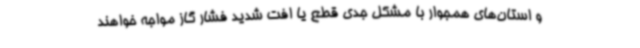
و استان‌های همجوار با مشکل جدی قطع یا افت شدید فشار گاز مواجه خواهند